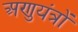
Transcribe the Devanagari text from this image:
अणुयंत्रों